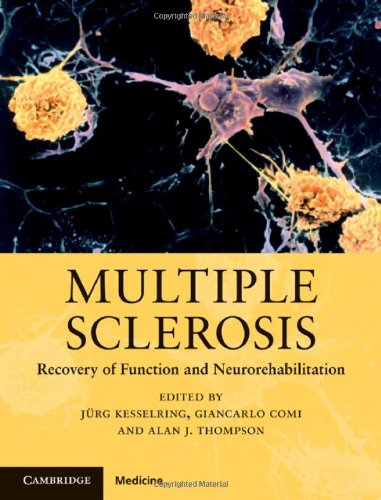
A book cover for Multiple Sclerosis: Recovery of Function and Neurorehabilitation; Health, Fitness & Dieting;